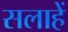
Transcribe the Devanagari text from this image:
सलाहें